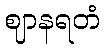
ဈာနရတံ